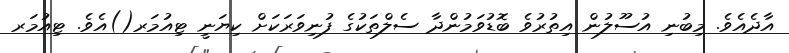
އާދެއެވެ. މިބުނި އުސޫލުން އިތުރުވެ ބޮޑުވަމުންދާ ސެލްތަކުގެ ފުނިވަރަކަށް ކިޔަނީ ޓިއުމަރ()އެވެ. ޓިއުމަރ